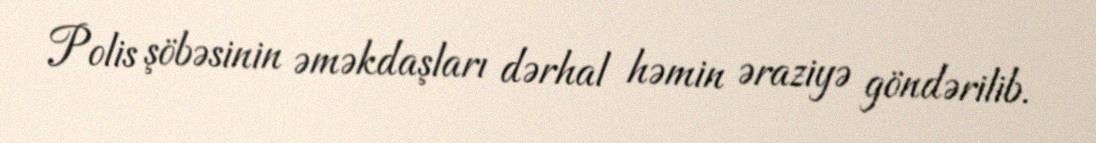
Polis şöbəsinin əməkdaşları dərhal həmin əraziyə göndərilib.